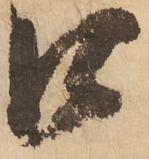
口